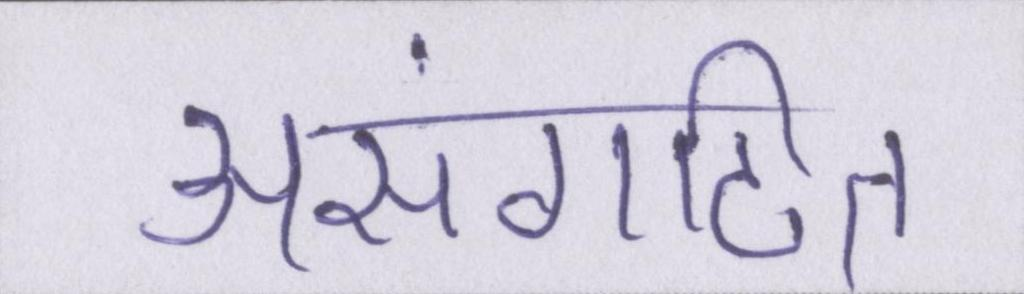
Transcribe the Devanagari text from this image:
असंगठित